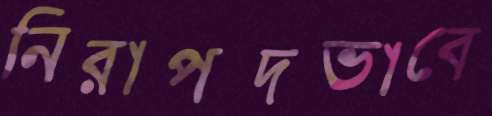
নিরাপদভাবে